Annual statistical returns and brief notes on vaccination in Bengal - 1909-1929
Year: 1909
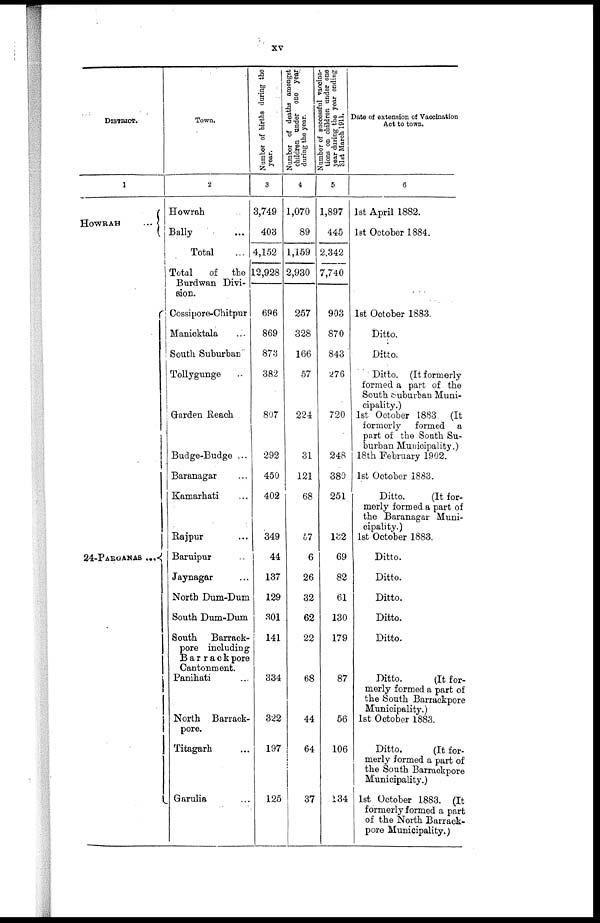
xv
DISTRICT.
1
HOWRAH...
24-PARGANAS...
Town.
2
Howrah... ...
Bally... ...
Total...
Total
of the
Burdwan Divi-
sion.
Cossipore-Chitpur
Manicktala ...
South Suburban
Tollygunge...
Garden Reach
Budge-Budge...
Baranagar...
Kamarhati ...
Rajpur ...
Baruipur ...
Jaynagar ...
North Dum-Dum
South Dum-Dum
South Barrack-
pore including
Barrackpore
Cantonment.
Panihati ...
North Barrack-
pore.
Titagarh ...
Garulia ...
Number of births during the
year.
3
3,749
403
4,152
12,928
696
869
873
382
807
292
450
402
349
44
137
129
301
141
334
322
197
125
Number of deaths amongst
children under one year
during the year.
4
1,070
89
1,159
2,930
257
328
166
57
224
31
121
68
57
6
26
32
62
22
68
44
64
37
Number of successful vaccina-
tions on children under one
year during the year ending
31st March 1911.
5
1,897
445
2,342
7,740
903
870
843
276
720
248
380
251
132
69
82
61
130
179
87
56
106
134
Date of extension of Vaccination
Act to town.
6
1st April 1882.
1st October 1884.
1st October 1883.
Ditto.
Ditto.
Ditto. (It formerly
formed a part of the
South Suburban Muni-
cipality.)
1st October 1883. (It
formorly formed a
part of the South Su-
burban Municipality.)
18th February 1902.
1st October 1883.
Ditto.
(It for-
merly formed a part of
the Baranagar Muni-
cipality.)
1st October 1883.
Ditto.
Ditto.
Ditto.
Ditto.
Ditto.
Ditto.
(It for-
merly formed a part of
the South Barrackpore
Municipality.)
1st October 1883.
Ditto.
(It for-
merly formed a part of
the South Barrackpore
Municipality.)
1st October 1883. (It
formerly formed a part
of the North Barrack-
pore Municipality.)